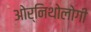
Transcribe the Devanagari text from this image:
ओर्निथोलोगी